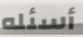
أسئله